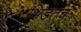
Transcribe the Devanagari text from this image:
भिडतच